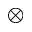
\otimes